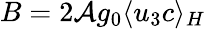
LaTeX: B=2\mathcal{A}g_{0}\langle u_{3}c\rangle_{H}